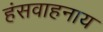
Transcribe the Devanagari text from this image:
हंसवाहनाय